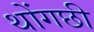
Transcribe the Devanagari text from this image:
थोंगछी